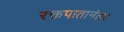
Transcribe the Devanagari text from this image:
रक्तपातानंतर